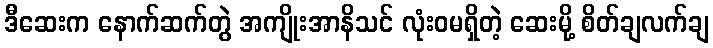
ဒီဆေးက နောက်ဆက်တွဲ အကျိုးအာနိသင် လုံးဝမရှိတဲ့ ဆေးမို့ စိတ်ချလက်ချ